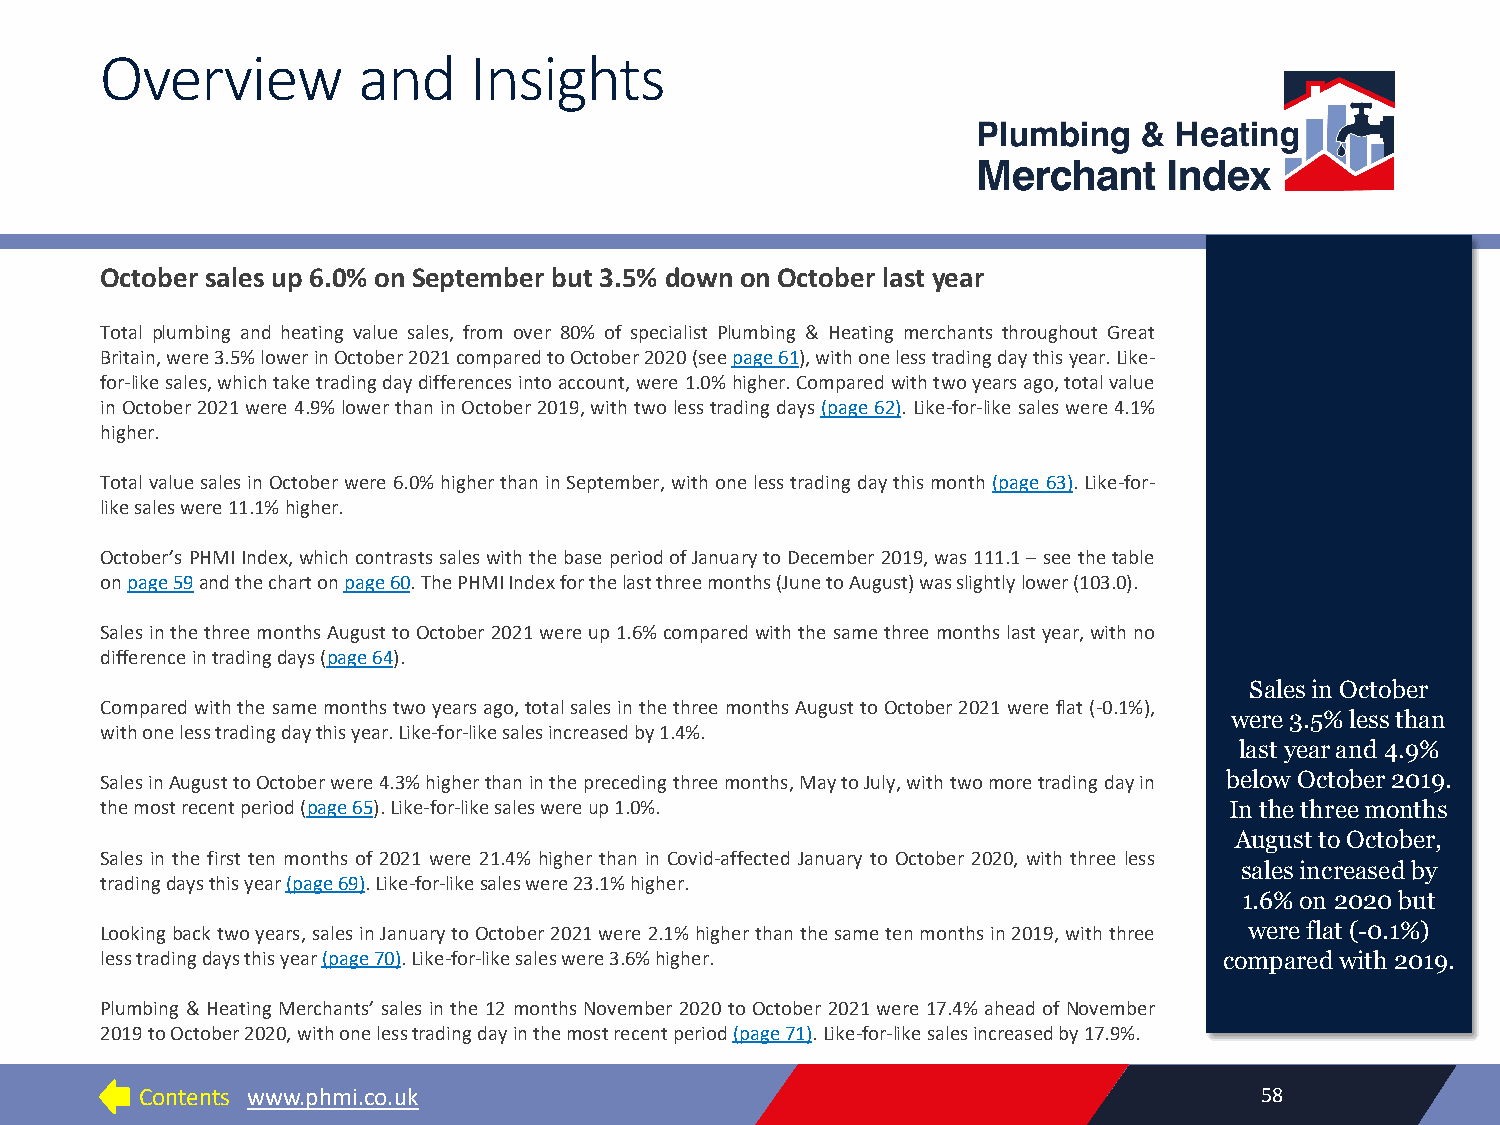
Overview         and    Insights
 October sales up 6.0% on September but3.5% downonOctober last year
 Total plumbing and heating value sales, from over 80% of specialist Plumbing & Heating merchants throughout Great
 Britain,were3.5%lowerinOctober2021comparedtoOctober2020(seepage61),withonelesstradingdaythisyear.Like-
 for-likesales,whichtaketradingdaydifferencesintoaccount,were1.0%higher.Comparedwithtwoyearsago,totalvalue
 inOctober2021were 4.9%lowerthaninOctober2019,withtwolesstradingdays(page62).Like-for-likesaleswere4.1%
 higher.
 TotalvaluesalesinOctoberwere 6.0%higherthaninSeptember,withonelesstradingdaythis month(page 63).Like-for-
 likesaleswere11.1%higher.
 October’sPHMIIndex,whichcontrastssaleswiththebaseperiodofJanuarytoDecember2019,was111.1–seethetable
 onpage59andthechartonpage60.ThePHMIIndexforthelastthreemonths(JunetoAugust)wasslightlylower(103.0).
 SalesinthethreemonthsAugusttoOctober2021wereup1.6%comparedwiththe samethreemonthslastyear,withno
 differenceintradingdays(page64).
 Sales in October
 Comparedwiththesamemonthstwoyearsago,totalsalesinthethreemonthsAugusttoOctober2021wereflat(-0.1%),
 were 3.5% less than
 withonelesstradingdaythisyear.Like-for-likesalesincreasedby1.4%.
 last year and 4.9%
 SalesinAugusttoOctoberwere4.3%higherthanintheprecedingthreemonths,MaytoJuly,withtwomoretradingdayin below October 2019.
 themostrecentperiod(page65).Like-for-likesaleswereup1.0%.                 In the three months
 August to October,
 Sales in the first ten months of 2021 were 21.4% higher than in Covid-affected January to October 2020, with three less
 sales increased by
 tradingdaysthisyear(page69).Like-for-likesaleswere23.1%higher.
 1.6% on 2020 but
 Lookingbacktwoyears,salesinJanuarytoOctober2021were 2.1%higherthanthesametenmonthsin2019,withthree were flat (-0.1%)
 lesstradingdaysthisyear(page70).Like-for-likesaleswere3.6%higher.         compared with 2019.
 Plumbing &Heating Merchants’sales inthe12 months November2020toOctober 2021were 17.4% aheadofNovember
 2019toOctober2020,withonelesstradingdayinthemostrecentperiod(page71).Like-for-likesalesincreasedby17.9%.
 Contents www.phmi.co.uk                                                   58